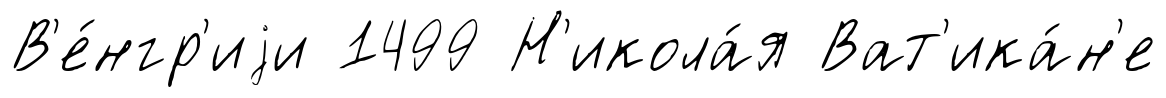
В'е́нгр'иjи 1499 Н'икола́я Ват'ика́н'е